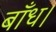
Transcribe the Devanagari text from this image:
बाँध।